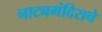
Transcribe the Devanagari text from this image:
नाट्यमंदिराचे